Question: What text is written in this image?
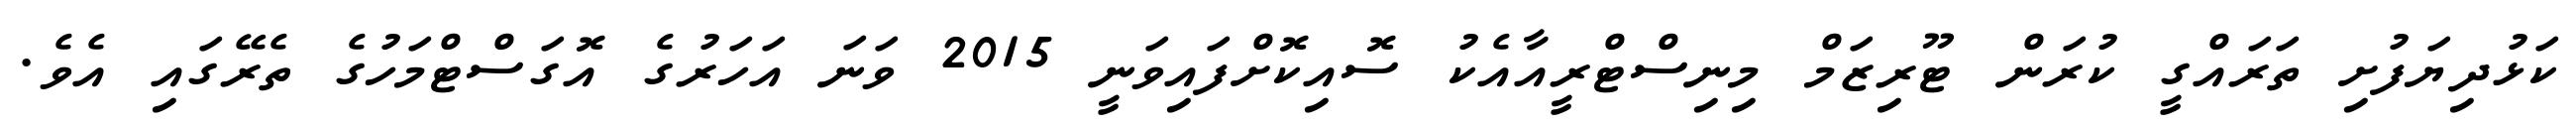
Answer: ކަޅުދިޔަފުށި ތަރައްގީ ކުރަން ޓޫރިޒަމް މިނިސްޓްރީއާއެކު ސޮއިކޮށްފައިވަނީ 2015 ވަނަ އަހަރުގެ އޮގަސްޓްމަހުގެ ތެރޭގައި އެވެ.